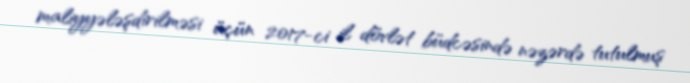
maliyyələşdirilməsi üçün 2017-ci il dövlət büdcəsində nəzərdə tutulmuş